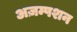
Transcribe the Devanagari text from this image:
अज़म्पशन